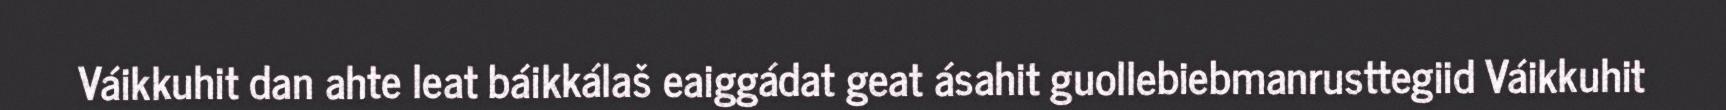
Váikkuhit dan ahte leat báikkálaš eaiggádat geat ásahit guollebiebmanrusttegiid Váikkuhit